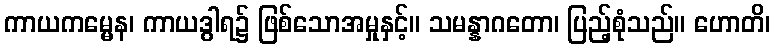
ကာယကမ္မေန၊ ကာယဒွါရ၌ ဖြစ်သောအမှုနှင့်။ သမန္နာဂတော၊ ပြည့်စုံသည်။ ဟောတိ၊